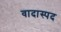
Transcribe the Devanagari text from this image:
वादास्पद